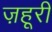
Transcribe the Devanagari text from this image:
ज़हूरी